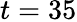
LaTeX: t=35